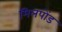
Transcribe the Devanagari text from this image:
मिलपोंड